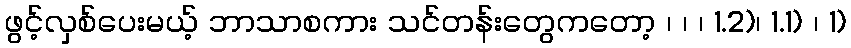
ဖွင့်လှစ်ပေးမယ့် ဘာသာစကား သင်တန်းတွေကတော့ ၊ ၊ ၊ 1.2)၊ 1.1) ၊ 1)